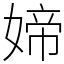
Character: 媂